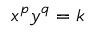
x ^ { p } y ^ { q } = k